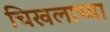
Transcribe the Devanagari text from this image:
चिखलाच्या